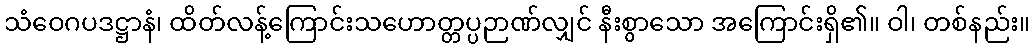
သံဝေဂပဒဋ္ဌာနံ၊ ထိတ်လန့်ကြောင်းသဟောတ္တပ္ပဉာဏ်လျှင် နီးစွာသော အကြောင်းရှိ၏။ ဝါ၊ တစ်နည်း။